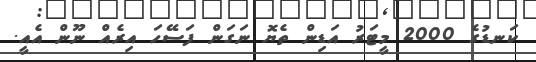
ކަނޑުގެ 2000 މީޓަރު އަޑިން ތެޔޮ ނަގަން ފަސޭހަ އިރެއް ނޫން އެއީ.